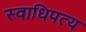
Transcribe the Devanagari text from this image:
स्वाधिपत्य